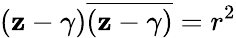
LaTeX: (\mathbf{z}-\gamma){\overline{{{(\mathbf{z}-\gamma)}}}}=r^{2}